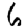
Digit: 6